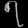
Digit: ၇